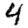
Digit: 4